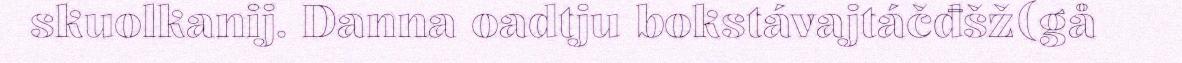
skuolkanij. Danna oadtju bokstávajtáčđšž(gå